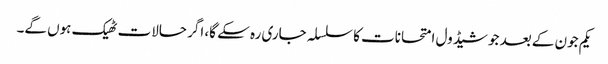
یکم جون کے بعد جو شیڈول امتحانات کا سلسلہ جاری رہ سکے گا، اگر حالات ٹھیک ہوں گے۔